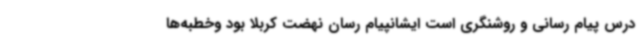
درس پیام رسانی و روشنگری است ایشانپیام رسان نهضت کربلا بود وخطبه‌ها